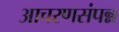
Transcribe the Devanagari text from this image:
आचरणसंपन्न